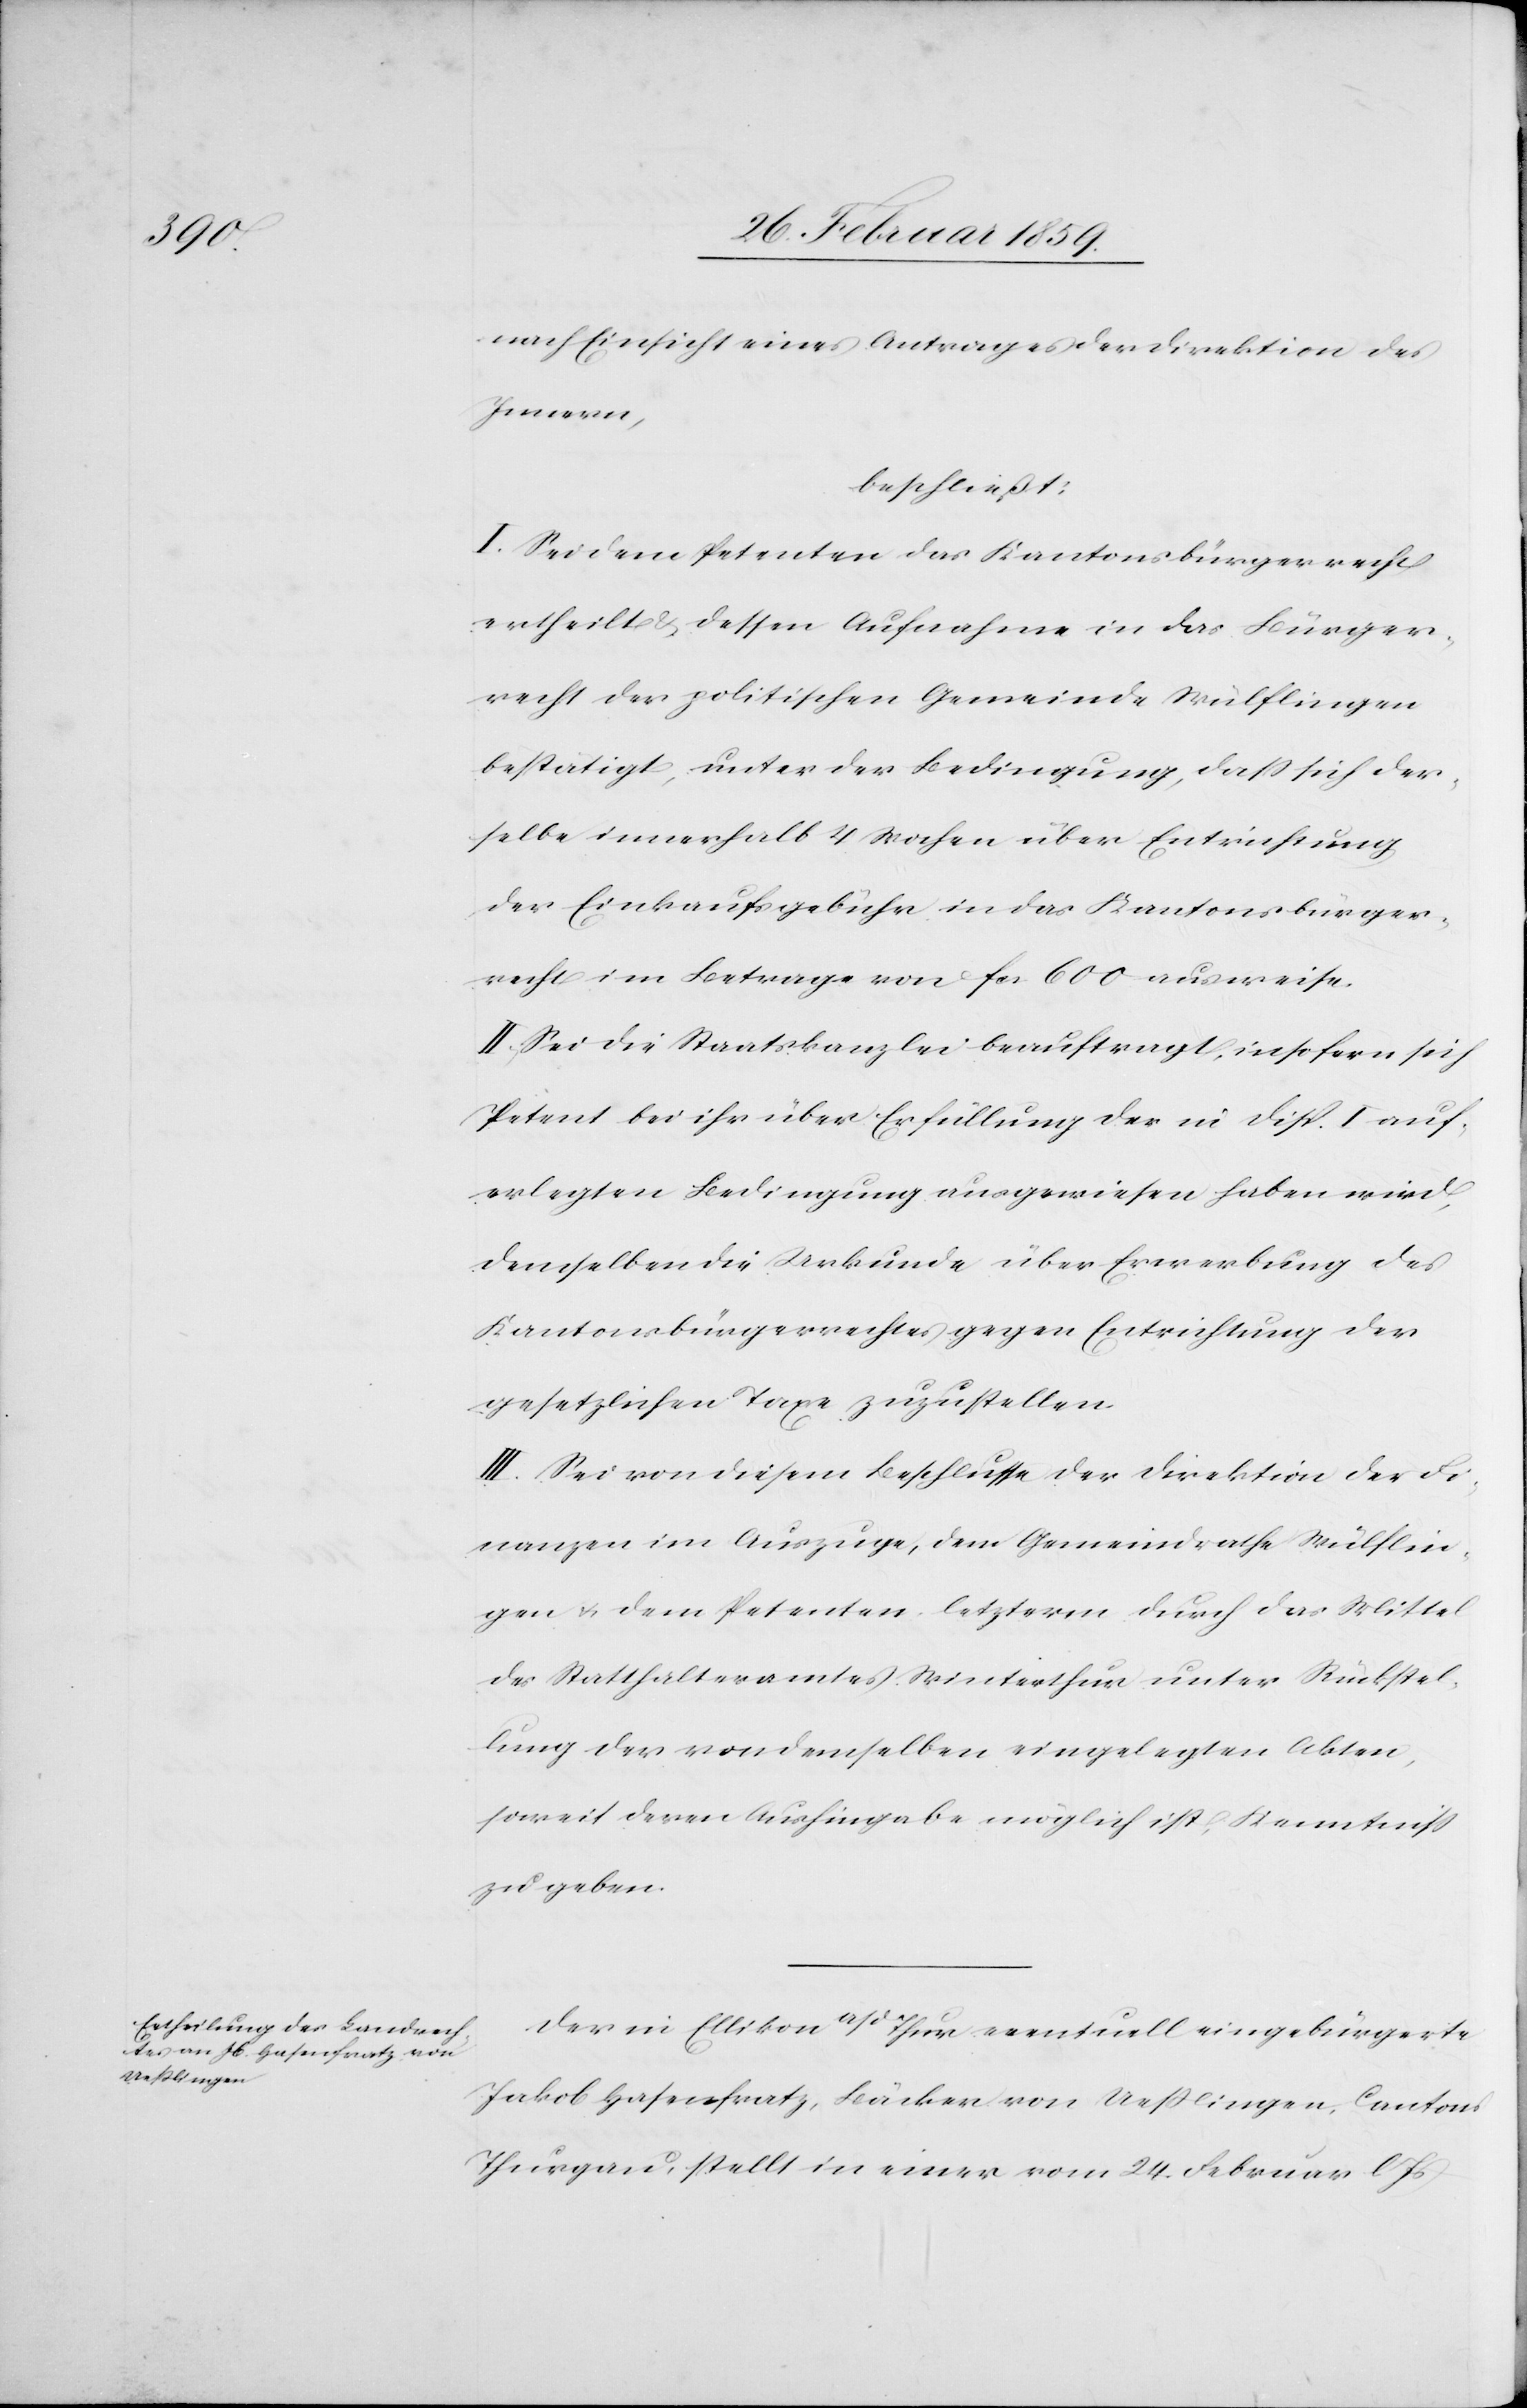
nach Einsicht eines Antrages der Direktion des
Innern,
beschließt:
I. Sei dem Petenten das Kantonsbürgerrecht
ertheilt & dessen Aufnahme in das Bürger¬
recht der politischen Gemeinde Wülflingen
bestätigt, unter der Bedingung, daß sich der¬
selbe innerhalb 4 Wochen über Entrichtung
der Einkaufsgebühr in das Kantonsbürger¬
recht im Betrage von fcs. 600 ausweise.
II. Sei die Staatskanzlei beauftragt, insofern sich
Petent bei ihr über Erfüllung der in Disp. I auf¬
erlegten Bedingung ausgewiesen haben wird,
demselben die Urkunde über Erwerbung des
Kantonsbürgerrechtes gegen Entrichtung der
gesetzlichen Taxe zuzustellen.
III. Sei von diesem Beschlusse der Direktion der Fi¬
nanzen im Auszuge, dem Gemeindrathe Wülflin¬
gen u. dem Petenten, letzerm durch das Mittel
des Statthalteramtes Winterthur unter Rückstel¬
lung der von demselben eingelegten Akten,
soweit deren Aushingabe möglich ist, Kenntniß
zu geben.
Der in Ellikon a/d Thur eventuell eingebürgerte
Jakob Hasenfratz, Bäcker von Ueßlingen, Cantons
Thurgau, stellt in einer vom 24. Februar l.